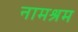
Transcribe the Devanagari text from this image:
नामश्रम